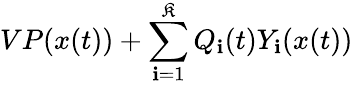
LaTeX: VP(x(t))+\sum_{\mathbf{i}=1}^{\mathfrak{K}}Q_{\mathbf{i}}(t)Y_{\mathbf{i}}(x(t))